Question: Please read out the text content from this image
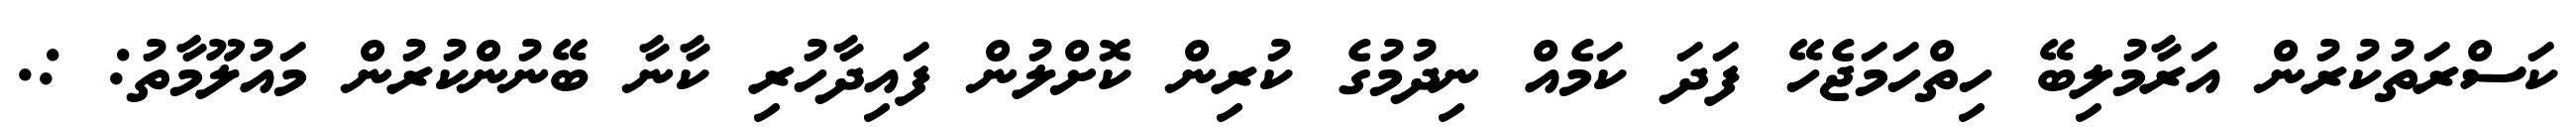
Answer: ކަސްރަތުކުރުން އަރާމުލިބޭ ހިތްހަމަޖެހޭ ފަދަ ކަމެއް ނިދުމުގެ ކުރިން ކޮށްލުން ފައިދާހުރި ކާނާ ބޭނުންކުރުން މައުލޫމާތު: :.